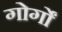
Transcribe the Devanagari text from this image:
गोर्गों